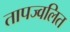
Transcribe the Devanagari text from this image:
तापज्वलित